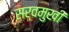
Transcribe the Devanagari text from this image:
सर्वमुखी